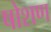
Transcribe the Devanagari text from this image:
षोशण